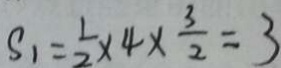
S _ { 1 } = \frac { 1 } { 2 } \times 4 \times \frac { 3 } { 2 } = 3